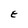
Character: E